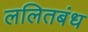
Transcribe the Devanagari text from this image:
ललितबंध